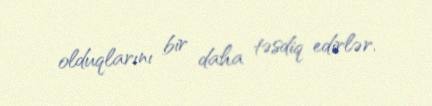
olduqlarını bir daha təsdiq edirlər.